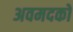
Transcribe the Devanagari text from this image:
अवमदकों